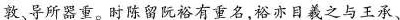
敦、导所器重。时陈留阮裕有重名，裕亦日羲之与王承、